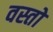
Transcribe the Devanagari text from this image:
वस्तो